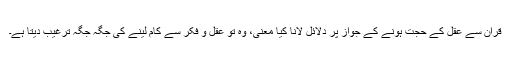
قرآن سے عقل کے حجت ہونے کے جواز پر دلائل لانا کیا معنی، وہ تو عقل و فکر سے کام لینے کی جگہ جگہ ترغیب دیتا ہے۔